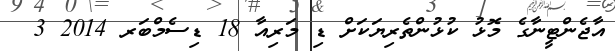
އާޖެންޓީނާގެ މޮޅު ކުޅުންތެރިޔަކަށް ޑި މަރިއާ 18 ޑިސެމްބަރ 2014 3